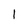
Character: 1